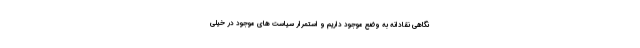
نگاهی نقادانه به وضع موجود داریم و استمرار سیاست های موجود در خیلی